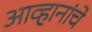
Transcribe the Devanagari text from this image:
आव्हानांचे